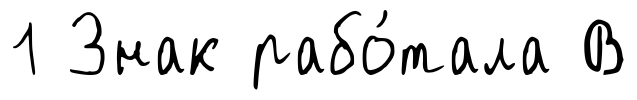
1 Знак рабо́тала В